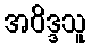
အဝိဒ္ဒသူ